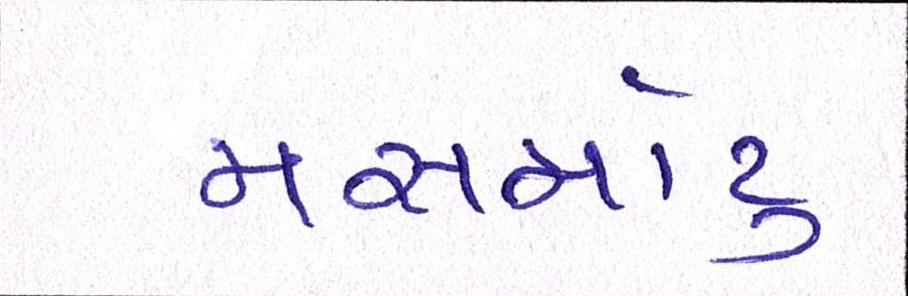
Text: મસમોટુ